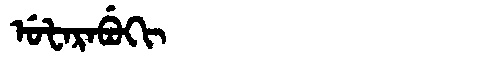
Manchu: ᡠᡶᠠᡵᠠᠪᡠᡴᡳ
Romanization: UFARABUKI